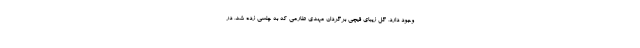
وجود دارد، گل زیبای قیچی برگردان مهدی طارمی که به چلسی زده شد، در